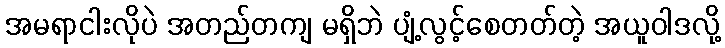
အမရာငါးလိုပဲ အတည်တကျ မရှိဘဲ ပျံ့လွင့်စေတတ်တဲ့ အယူဝါဒလို့